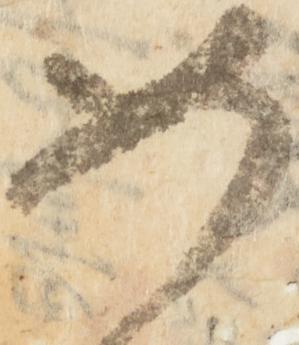
如